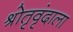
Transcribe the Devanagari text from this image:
श्रोतृवृंदाला